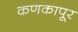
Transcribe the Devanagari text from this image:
कणकापूर